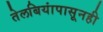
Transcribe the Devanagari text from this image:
तेलबियांपासूनही